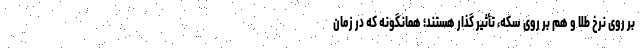
بر روی نرخ طلا و هم بر روی سکه، تأثیر گذار هستند؛ همانگونه که در زمان